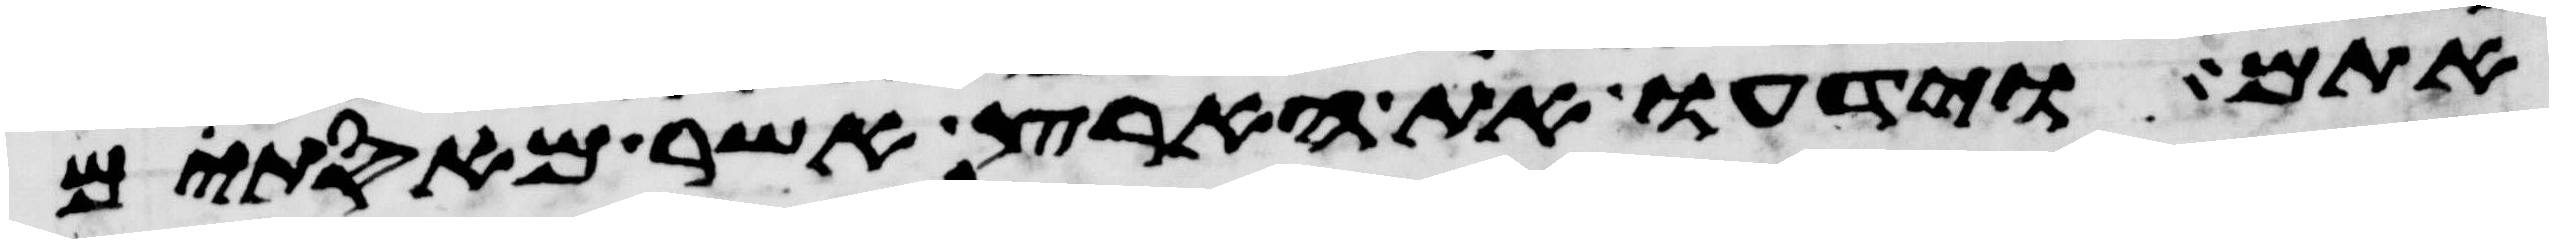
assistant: אתם וידעו את הארץ אשר מאסתם